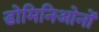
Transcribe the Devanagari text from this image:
डोमिनिओनों